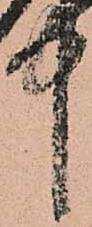
中